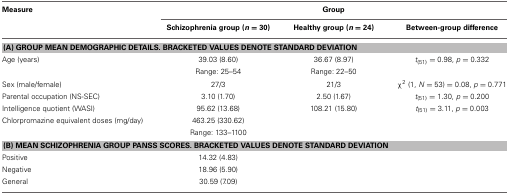
<table><thead><tr><td><b>Measure</b></td><td colspan="3"><b>Group</b></td></tr><tr><td></td><td><b>Schizophrenia group (<i>n</i> = 30)</b></td><td><b>Healthy group (<i>n</i> = 24)</b></td><td><b>Between-group difference</b></td></tr></thead><tbody><tr><td colspan="4"><b>(A) GROUP MEAN DEMOGRAPHIC DETAILS. BRACKETED VALUES DENOTE STANDARD DEVIATION</b></td></tr><tr><td>Age (years)</td><td>39.03 (8.60)</td><td>36.67 (8.97)</td><td><i>t</i><sub>(51)</sub> = 0.98, <i>p</i> = 0.332</td></tr><tr><td></td><td>Range: 25–54</td><td>Range: 22–50</td><td></td></tr><tr><td>Sex (male/female)</td><td>27/3</td><td>21/3</td><td>χ<sup>2</sup> (1, <i>N</i> = 53) = 0.08, <i>p</i> = 0.771</td></tr><tr><td>Parental occupation (NS-SEC)</td><td>3.10 (1.70)</td><td>2.50 (1.67)</td><td><i>t</i><sub>(51)</sub> = 1.30, <i>p</i> = 0.200</td></tr><tr><td>Intelligence quotient (WASI)</td><td>95.62 (13.68)</td><td>108.21 (15.80)</td><td><i>t</i><sub>(51)</sub> = 3.11, <i>p</i> = 0.003</td></tr><tr><td>Chlorpromazine equivalent doses (mg/day)</td><td>463.25 (330.62)</td><td></td><td></td></tr><tr><td></td><td>Range: 133–1100</td><td></td><td></td></tr><tr><td colspan="4"><b>(B) MEAN SCHIZOPHRENIA GROUP PANSS SCORES. BRACKETED VALUES DENOTE STANDARD DEVIATION</b></td></tr><tr><td>Positive</td><td>14.32 (4.83)</td><td></td><td></td></tr><tr><td>Negative</td><td>18.96 (5.90)</td><td></td><td></td></tr><tr><td>General</td><td>30.59 (7.09)</td><td></td><td></td></tr></tbody></table>